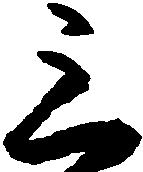
三